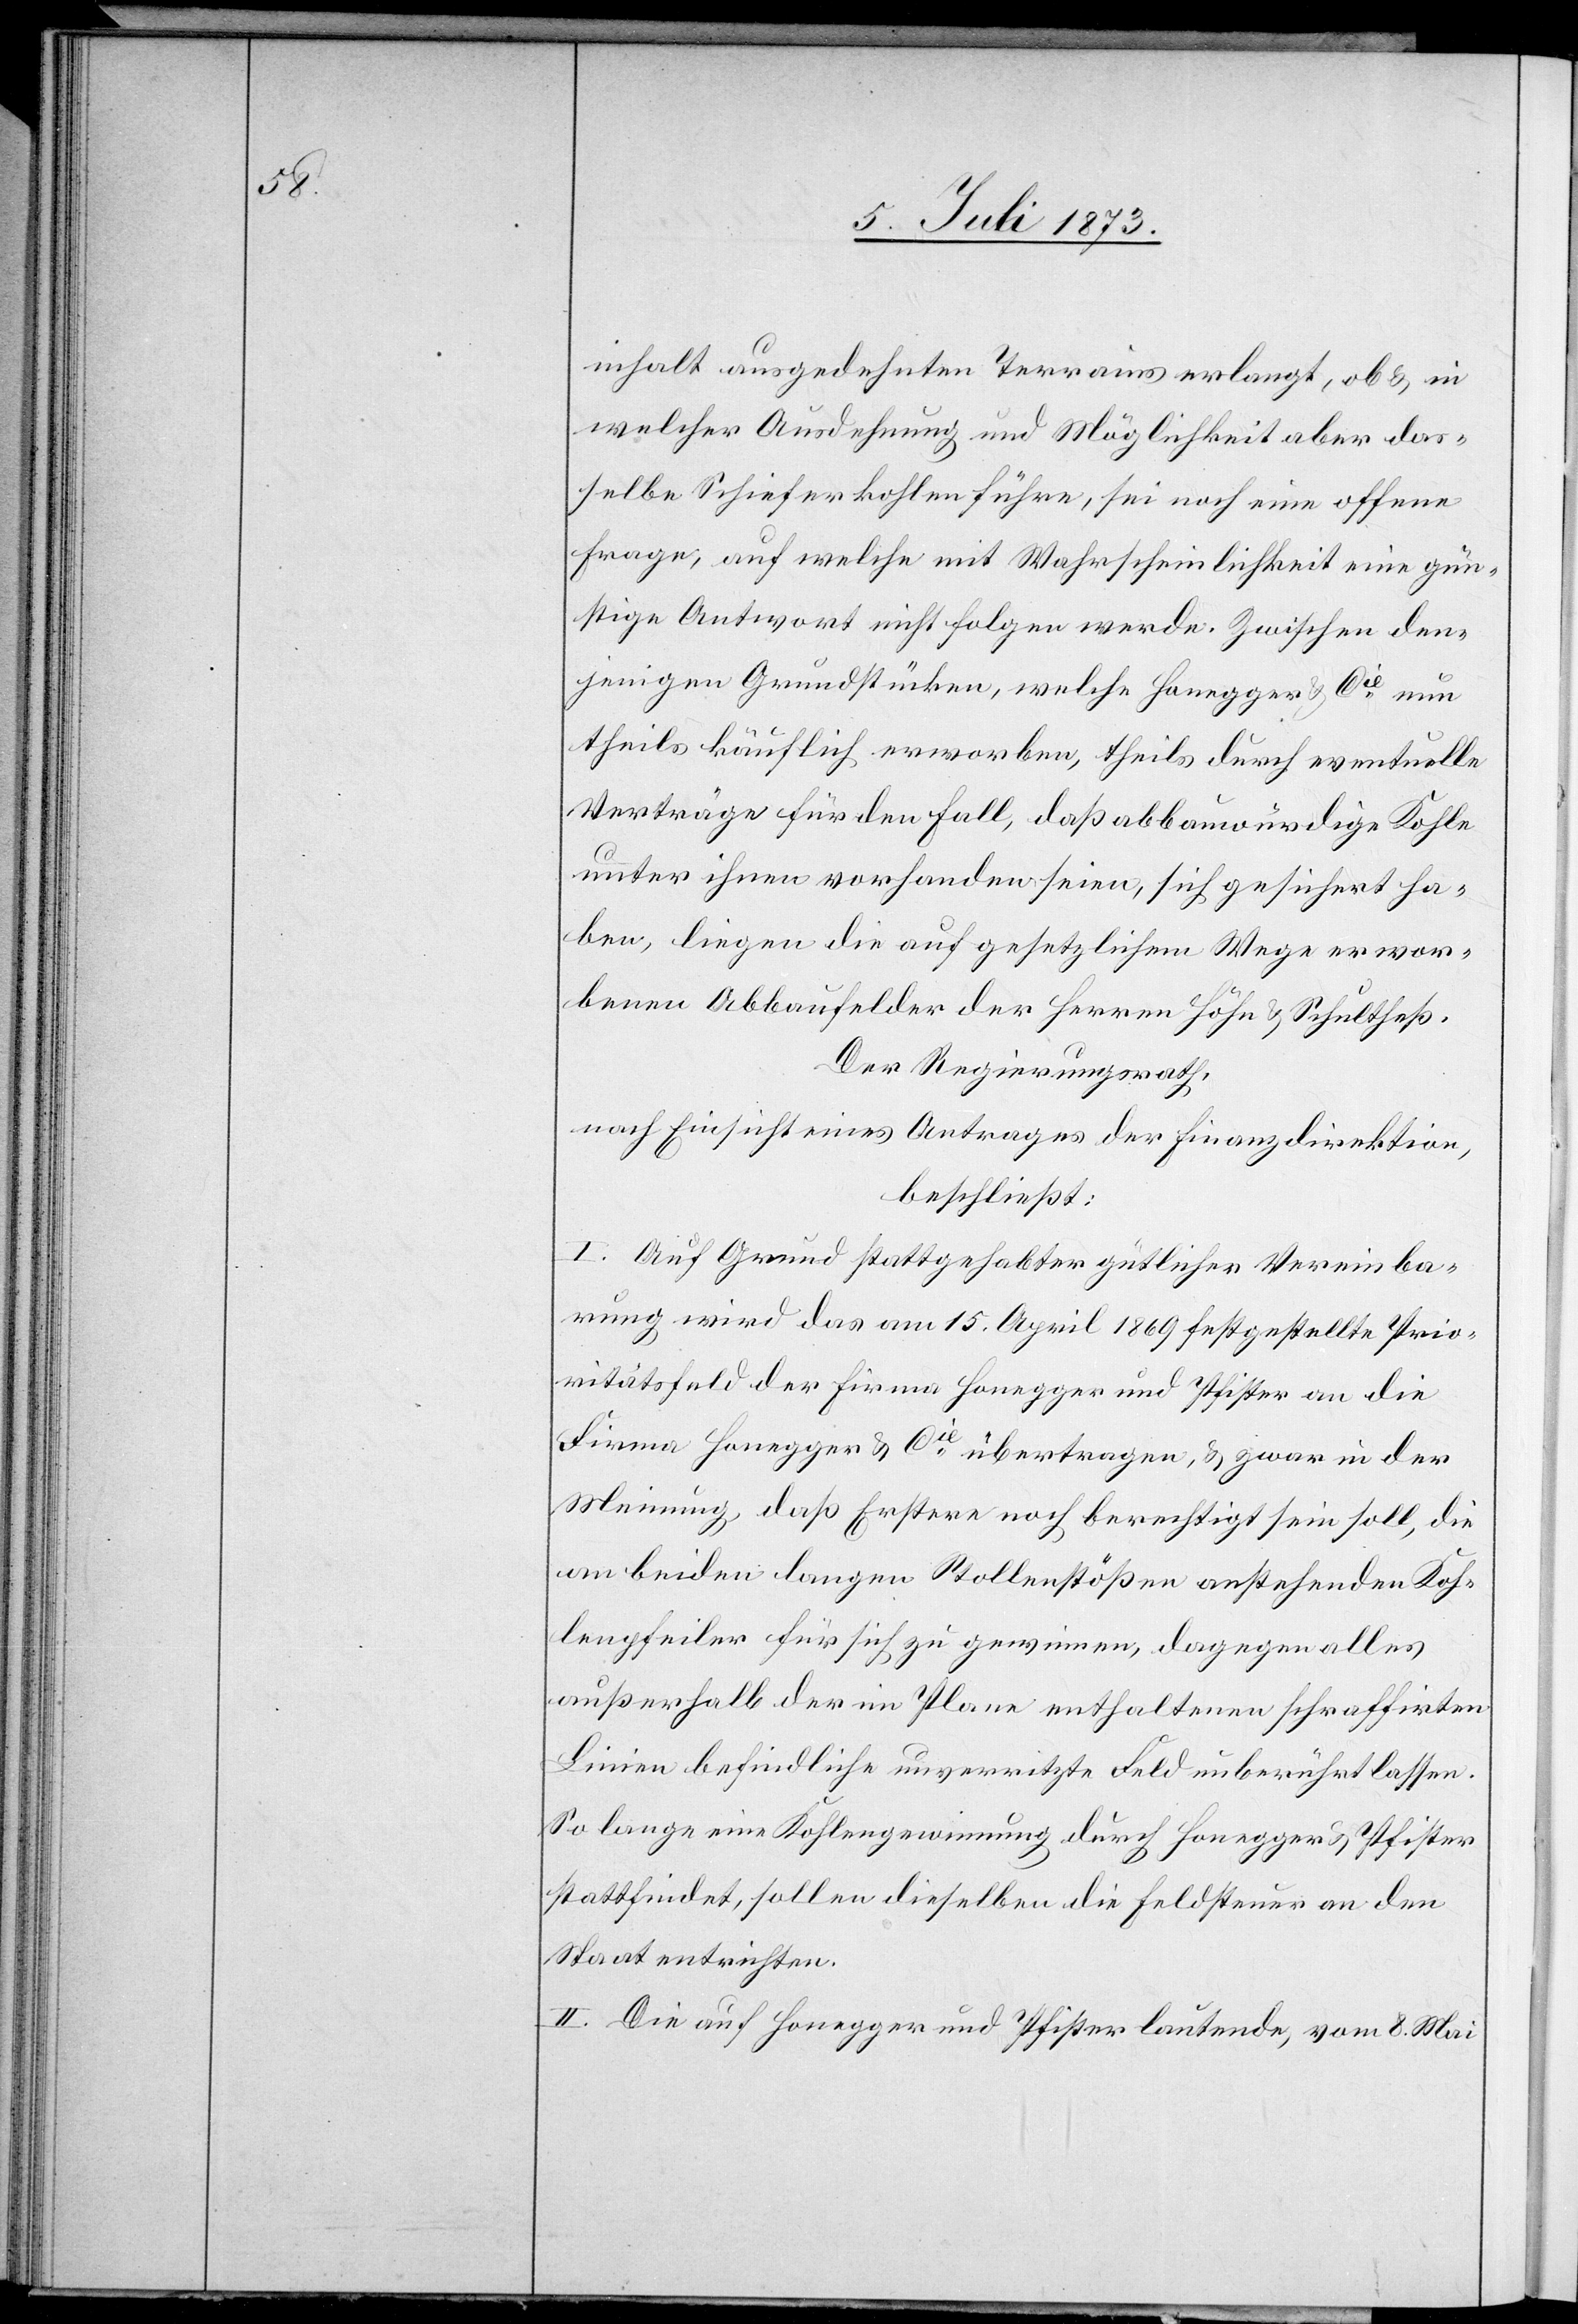
inhalt ausgedehnten Terrains erlangt, ob & in
welcher Ausdehnung und Möglichkeit aber das¬
selbe Schieferkohlen führe, sei noch eine offene
Frage, auf welche mit Wahrscheinlichkeit eine gün¬
stige Antwort nicht folgen werde. Zwischen den¬
jenigen Grundstücken, welche Honegger & Cie nun
theils käuflich erworben, theils durch eventuelle
Verträge für den Fall, daß abbauwürdige Kohle
unter ihnen vorhanden seien, sich gesichert ha¬
ben, liegen die auf gesetzlichem Wege erwor¬
benen Abbaufelder der Herren Höhn & Schultheß.
Der Regierungsrath,
nach Einsicht eines Antrages der Finanzdirektion,
beschließt:
I. Auf Grund stattgehabter gütlicher Vereinba¬
rung wird das am 15. April 1869 festgestellte Prio¬
ritätsfeld der Firma Honegger und Pfister an die
Firma Honegger & Cie übertragen, & zwar in der
Meinung, daß Erstere noch berechtigt sein soll, die
an beiden langen Stollenstößen anstehenden Koh¬
lenpfeiler für sich zu gewinnen, dagegen alles
außerhalb der im Plane enthaltenen schraffirten
Linien befindliche unverritzte Feld unberührt lassen.
So lange eine Kohlengewinnung durch Honegger & Pfister
stattfindet, sollen dieselben die Feldsteuer an den
Staat entrichten.
II. Die auf Honegger und Pfister lautende, vom 8. Mai